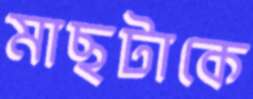
মাছটাকে